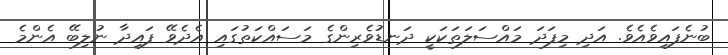
ބުނެފައިވެއެވެ. އަދި މިފަދަ މައްސަލަތަކަކީ ދަނޑުވެރިންގެ މަސައްކަތުގައި އެދެވޭ ފައިދާ ނުލިބޭ އެންމެ